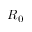
R _ { 0 }